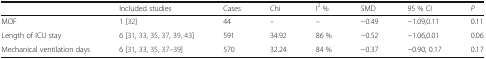
|  | Included studies | Cases | Chi | I2 % | SMD | 95 % CI | P |
 | --- | --- | --- | --- | --- | --- | --- | --- |
 | MOF | 1 [32] | 44 | – | – | −0.49 | −1.09,0.11 | 0.11 |
 | Length of ICU stay | 6 [31, 33, 35, 37, 39, 43] | 591 | 34.92 | 86 % | −0.52 | −1.06,0.01 | 0.06 |
 | Mechanical ventilation days | 6 [31, 33, 35, 37–39] | 570 | 32.24 | 84 % | −0.37 | −0.90, 0.17 | 0.17 |